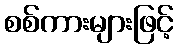
စစ်ကားများဖြင့်